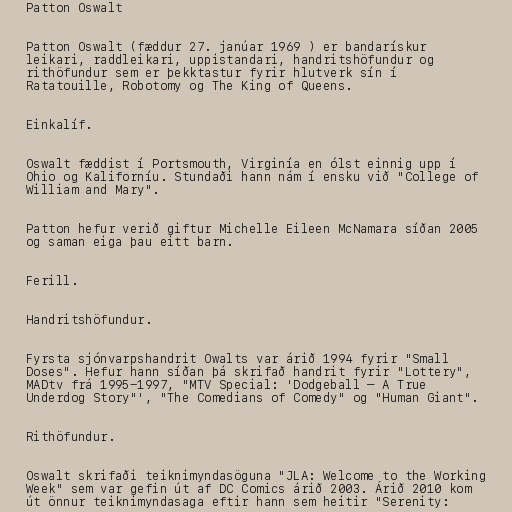
Patton Oswalt

Patton Oswalt (fæddur 27. janúar 1969 ) er bandarískur
leikari, raddleikari, uppistandari, handritshöfundur og
rithöfundur sem er þekktastur fyrir hlutverk sín í
Ratatouille, Robotomy og The King of Queens.

Einkalíf.

Oswalt fæddist í Portsmouth, Virginía en ólst einnig upp í
Ohio og Kaliforníu. Stundaði hann nám í ensku við "College of
William and Mary".

Patton hefur verið giftur Michelle Eileen McNamara síðan 2005
og saman eiga þau eitt barn.

Ferill.

Handritshöfundur.

Fyrsta sjónvarpshandrit Owalts var árið 1994 fyrir "Small
Doses". Hefur hann síðan þá skrifað handrit fyrir "Lottery",
MADtv frá 1995-1997, "MTV Special: 'Dodgeball – A True
Underdog Story"', "The Comedians of Comedy" og "Human Giant".

Rithöfundur.

Oswalt skrifaði teiknimyndasöguna "JLA: Welcome to the Working
Week" sem var gefin út af DC Comics árið 2003. Árið 2010 kom
út önnur teiknimyndasaga eftir hann sem heitir "Serenity: